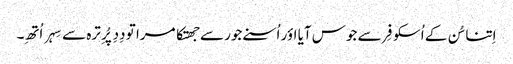
اِتنا سُن کے اُسکو فِر سے جوس آیا اؤر اُسنے جور سے جھتکا مرا تو دِدِ پُرِ ترہ سے سِہر اُتھِ۔